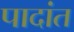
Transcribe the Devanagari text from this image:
पादांत